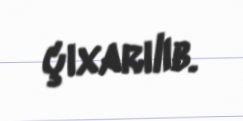
çıxarılıb.